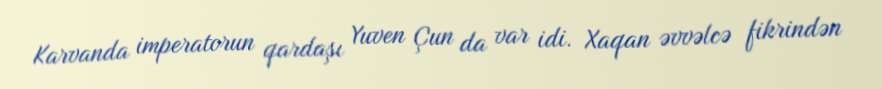
Karvanda imperatorun qardaşı Yuven Çun da var idi. Xaqan əvvəlcə fikrindən